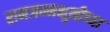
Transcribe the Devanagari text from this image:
रामजन्मभूमीच्या